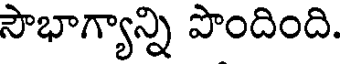
సౌభాగ్యాన్ని పొందింది.